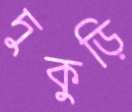
দুকুড়ি